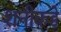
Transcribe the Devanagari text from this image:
शनीकडे